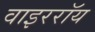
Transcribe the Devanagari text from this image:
वाइररॉय